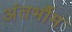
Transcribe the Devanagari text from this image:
अंतर्भौम